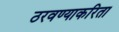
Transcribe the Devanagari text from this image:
ठरवण्याकरिता